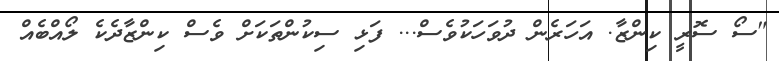
"ސޯ ސޮރީ ކިންޒާ. އަހަރެން ދުވަހަކުވެސް... ފަޅި ސިކުންތަކަށް ވެސް ކިންޒާދެކެ ލޯއްބެއް